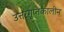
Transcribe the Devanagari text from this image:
उत्तरगुप्तकालीन